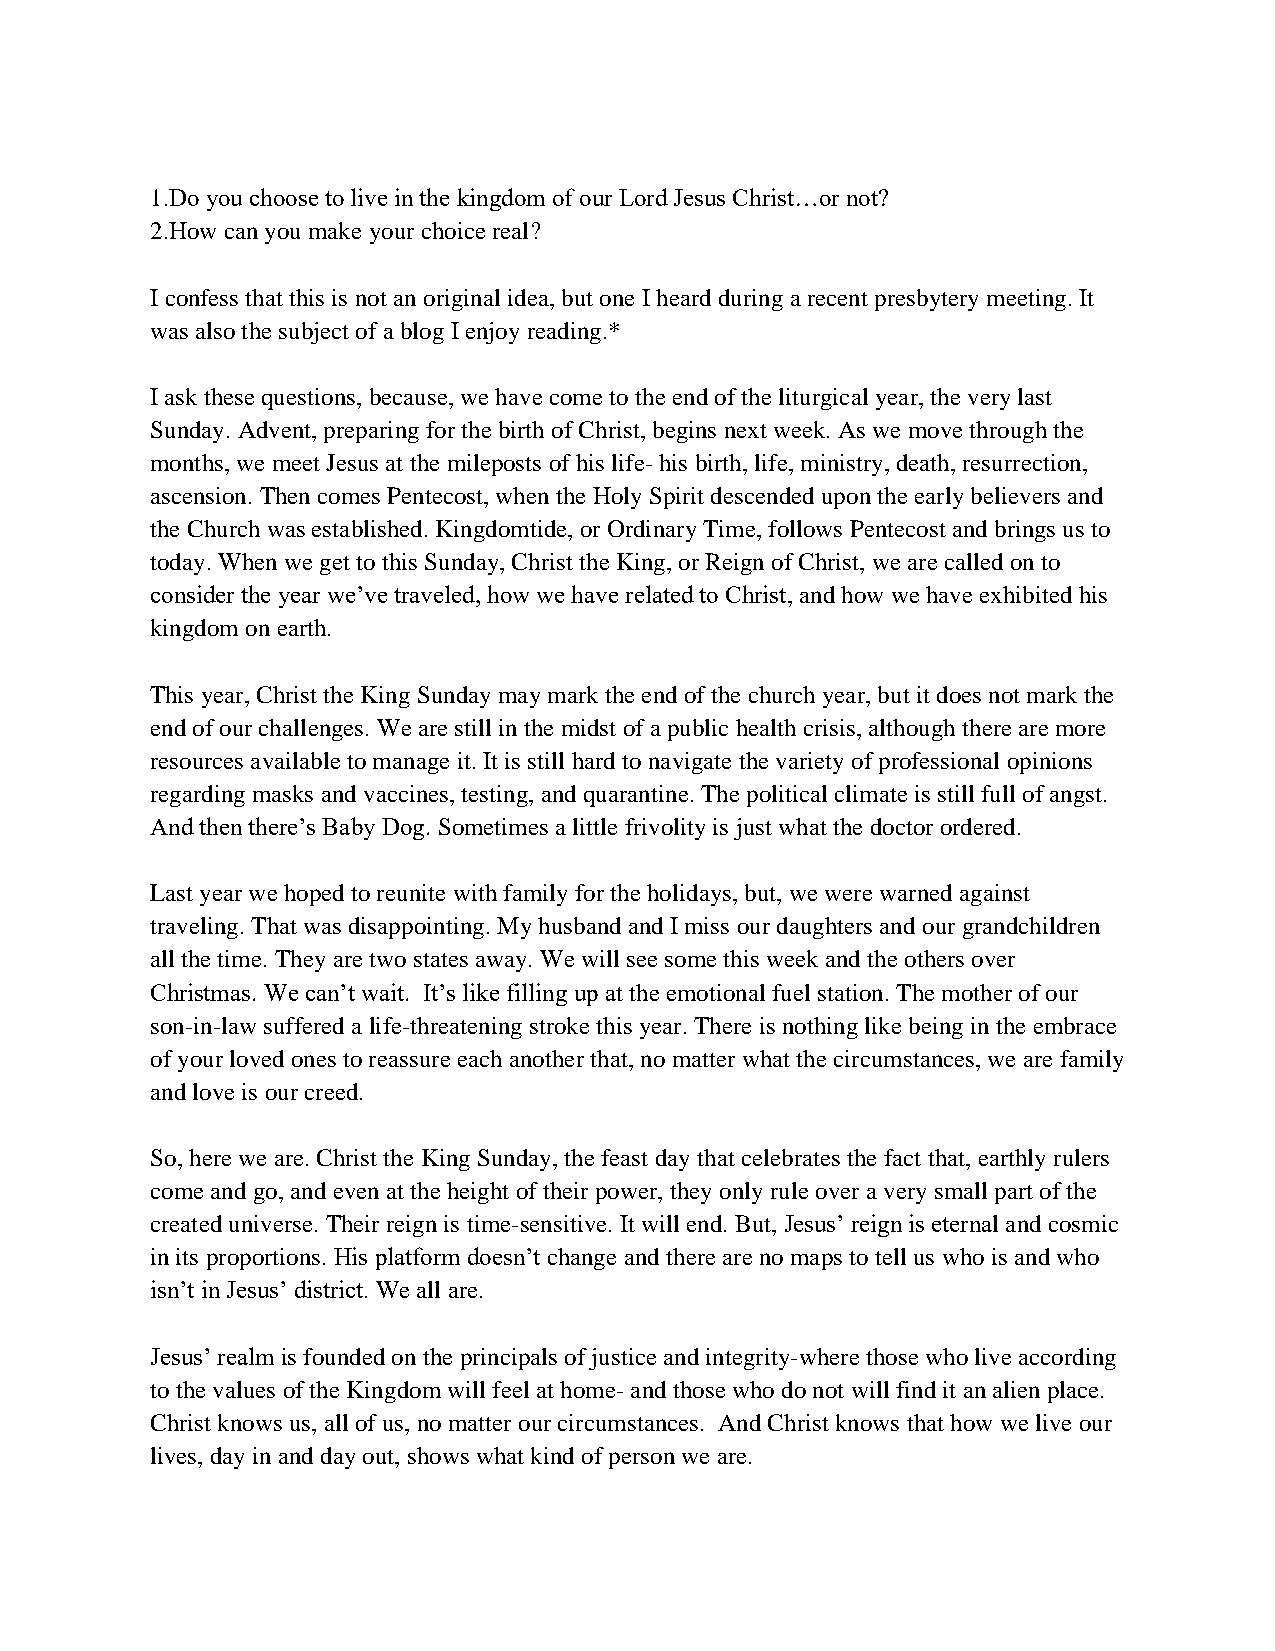
1.Do you choose to live in the kingdom of our Lord Jesus Christ…or not?
 2.How can you make your choice real?
 I confess that this is not an original idea, but one I heard during a recent presbytery meeting. It
 was also the subject of a blog I enjoy reading.*
 I ask these questions, because, we have come to the end of the liturgical year, the very last
 Sunday. Advent, preparing for the birth of Christ, begins next week. As we move through the
 months, we meet Jesus at the mileposts of his life- his birth, life, ministry, death, resurrection,
 ascension. Then comes Pentecost, when the Holy Spirit descended upon the early believers and
 the Church was established. Kingdomtide, or Ordinary Time, follows Pentecost and brings us to
 today. When we get to this Sunday, Christ the King, or Reign of Christ, we are called on to
 consider the year we’ve traveled, how we have related to Christ, and how we have exhibited his
 kingdom on earth.
 This year, Christ the King Sunday may mark the end of the church year, but it does not mark the
 end of our challenges. We are still in the midst of a public health crisis, although there are more
 resources available to manage it. It is still hard to navigate the variety of professional opinions
 regarding masks and vaccines, testing, and quarantine. The political climate is still full of angst.
 And then there’s Baby Dog. Sometimes a little frivolity is just what the doctor ordered.
 Last year we hoped to reunite with family for the holidays, but, we were warned against
 traveling. That was disappointing. My husband and I miss our daughters and our grandchildren
 all the time. They are two states away. We will see some this week and the others over
 Christmas. We can’t wait. It’s like filling up at the emotional fuel station. The mother of our
 son-in-law suffered a life-threatening stroke this year. There is nothing like being in the embrace
 of your loved ones to reassure each another that, no matter what the circumstances, we are family
 and love is our creed.
 So, here we are. Christ the King Sunday, the feast day that celebrates the fact that, earthly rulers
 come and go, and even at the height of their power, they only rule over a very small part of the
 created universe. Their reign is time-sensitive. It will end. But, Jesus’ reign is eternal and cosmic
 in its proportions. His platform doesn’t change and there are no maps to tell us who is and who
 isn’t in Jesus’ district. We all are.
 Jesus’ realm is founded on the principals of justice and integrity-where those who live according
 to the values of the Kingdom will feel at home- and those who do not will find it an alien place.
 Christ knows us, all of us, no matter our circumstances. And Christ knows that how we live our
 lives, day in and day out, shows what kind of person we are.